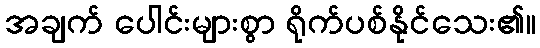
အချက် ပေါင်းများစွာ ရိုက်ပစ်နိုင်သေး၏။